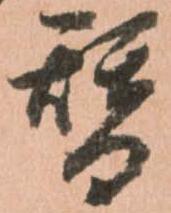
替